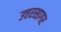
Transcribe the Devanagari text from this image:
उत्तरसागर